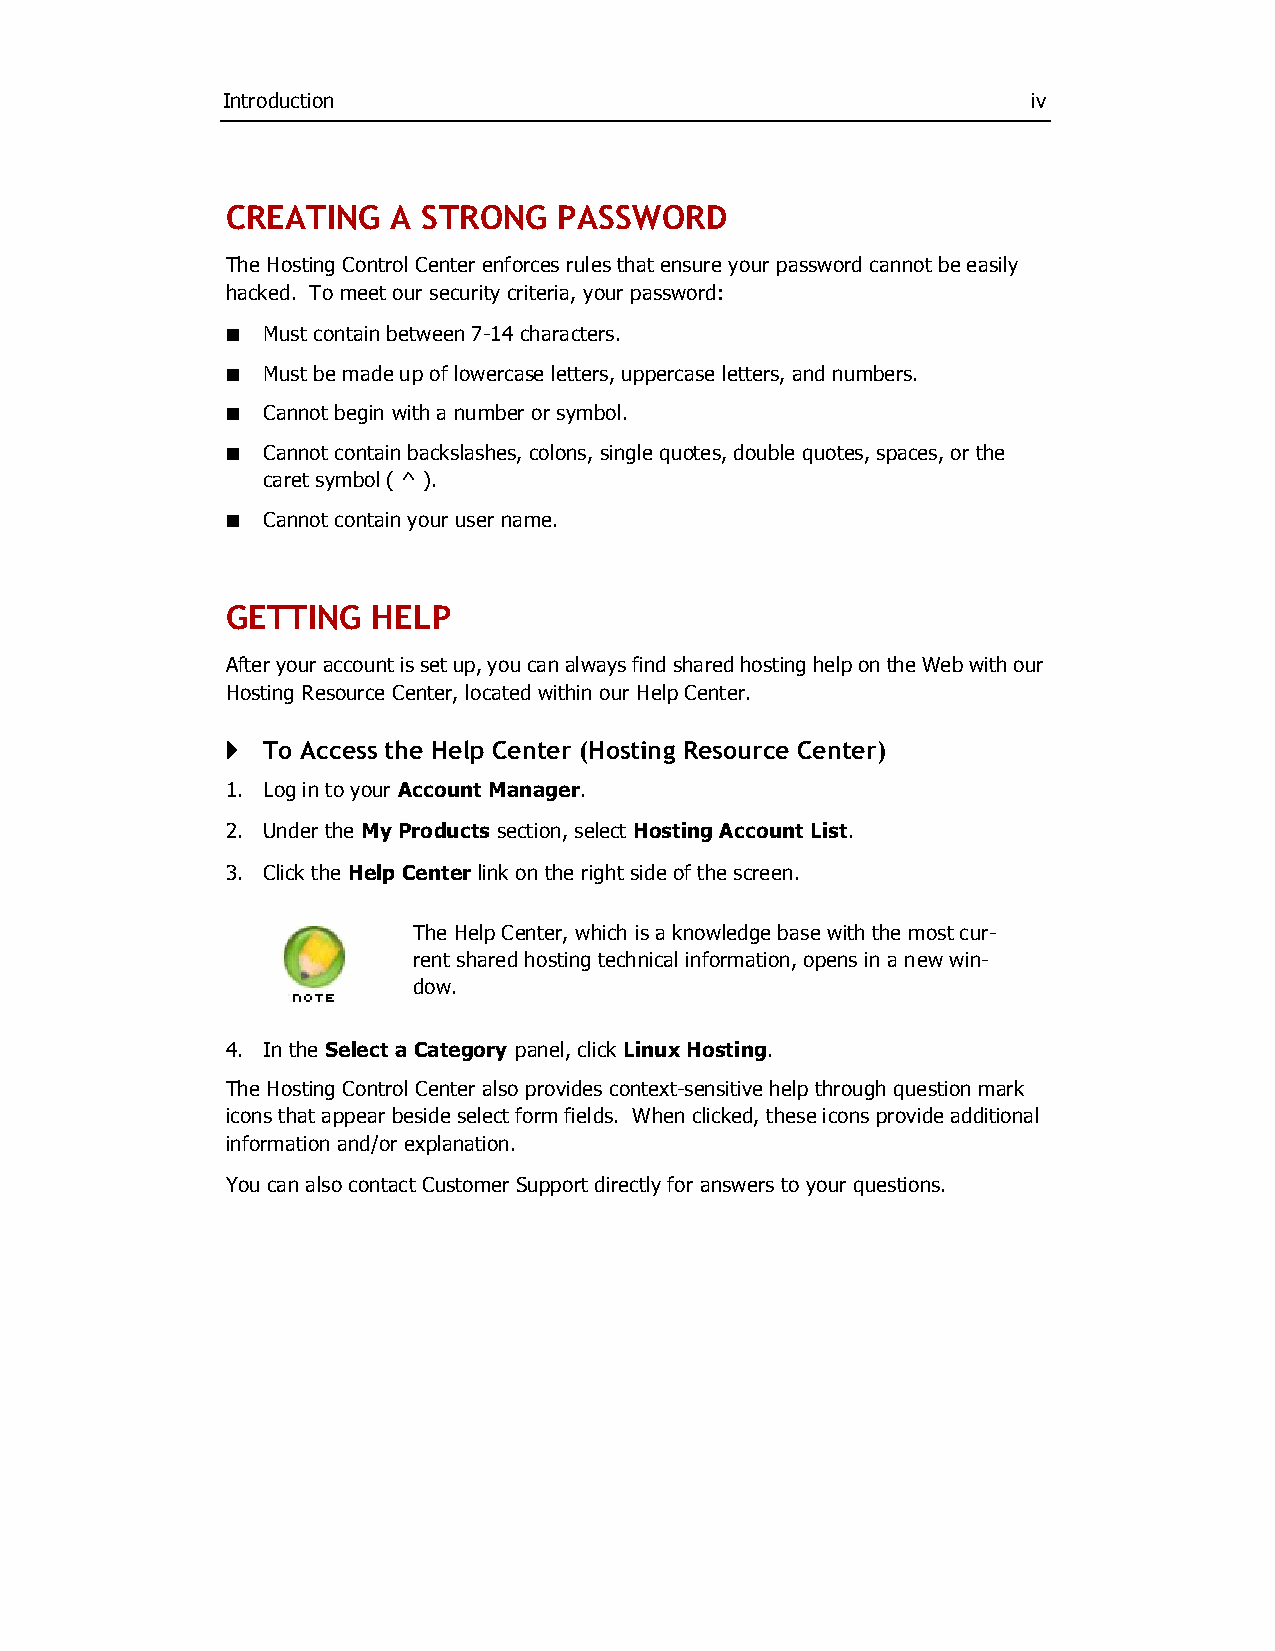
Introduction                                         iv
 CREATING   A STRONG   PASSWORD
 The Hosting Control Center enforces rules that ensure your password cannot be easily
 hacked. To meet our security criteria, your password:
 ¢ Must contain between 7­14 characters.
 ¢ Must be made up of lowercase letters, uppercase letters, and numbers.
 ¢ Cannot begin with a number or symbol.
 ¢ Cannot contain backslashes, colons, single quotes, double quotes, spaces, or the
 caret symbol ( ^ ).
 ¢ Cannot contain your user name.
 GETTING   HELP
 After your account is set up, you can always find shared hosting help on the Web with our
 Hosting Resource Center, located within our Help Center.
 } To Access the Help Center (Hosting Resource Center)
 1. Log in to your Account Manager.
 2. Under the My Products section, select Hosting Account List.
 3. Click the Help Center link on the right side of the screen.
 The Help Center, which is a knowledge base with the most cur­
 rent shared hosting technical information, opens in a new win­
 dow.
 4. In the Select a Category panel, click Linux Hosting.
 The Hosting Control Center also provides context­sensitive help through question mark
 icons that appear beside select form fields. When clicked, these icons provide additional
 information and/or explanation.
 You can also contact Customer Support directly for answers to your questions.